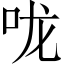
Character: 咙